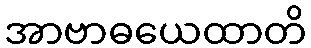
အာဗာဓယေထာတိ